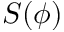
S ( \phi )